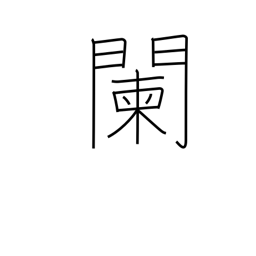
Meaning: be well along